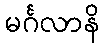
မင်္ဂလာနိ